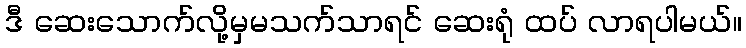
ဒီ ဆေးသောက်လို့မှမသက်သာရင် ဆေးရုံ ထပ် လာရပါမယ်။